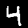
Label: 4